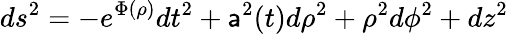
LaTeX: ds^{2}=-e^{\Phi(\rho)}dt^{2}+\mathsf{a}^{2}(t)d\rho^{2}+\rho^{2}d\phi^{2}+dz^{2}